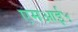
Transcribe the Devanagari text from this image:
एमआई५